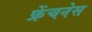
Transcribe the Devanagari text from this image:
फ्रेंचनेस